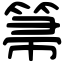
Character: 箒